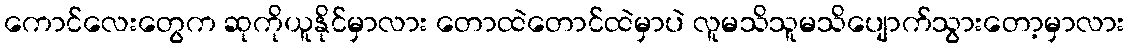
ကောင်လေးတွေက ဆုကိုယူနိုင်မှာလား တောထဲတောင်ထဲမှာပဲ လူမသိသူမသိပျောက်သွားတော့မှာလား